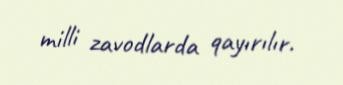
milli zavodlarda qayırılır.